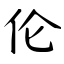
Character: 伦